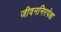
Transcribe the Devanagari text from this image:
जीवननिरपेक्ष